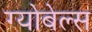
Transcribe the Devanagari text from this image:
ग्योबेल्स